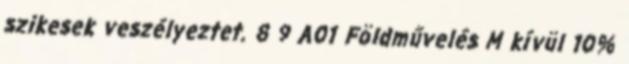
szikesek veszélyeztet. 8 9 A01 Földművelés M kívül 10%